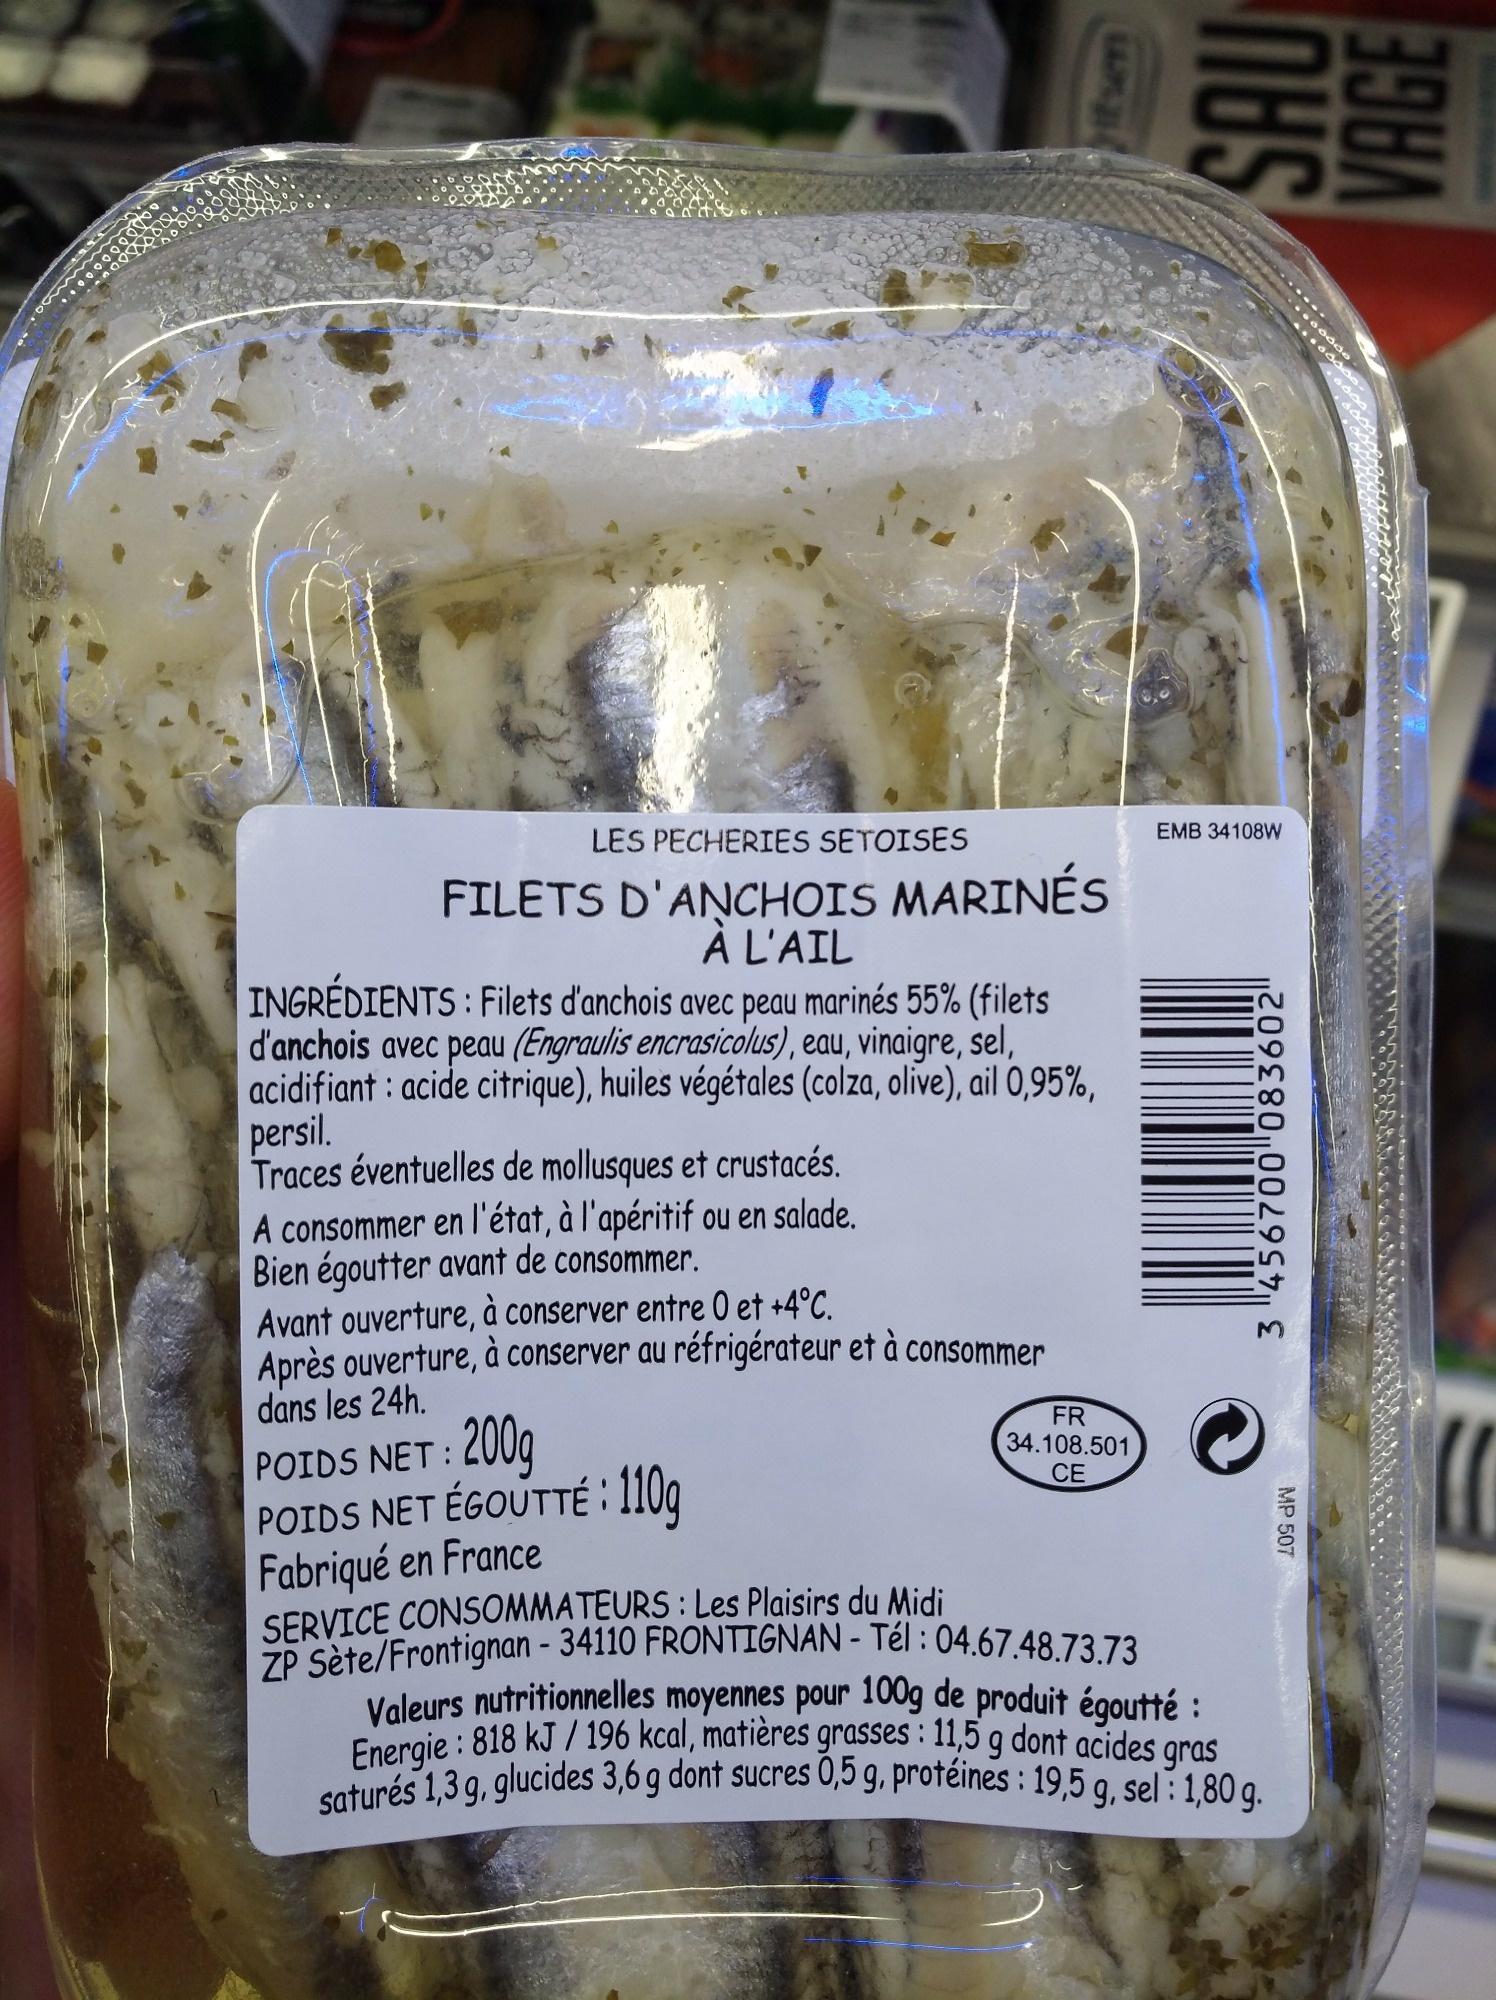
F
LES PECHERIES SETOISES
FILETS D'ANCHOIS MARINÉS À L'AIL
INGRÉDIENTS: Filets d'anchois avec peau marinés 55% (filets d'anchois avec peau (Engraulis encrasicolus), eau, vinaigre, sel, acidifiant: acide citrique), huiles végétales (colza, olive), ail 0,95%, persil.
Traces éventuelles de mollusques et crustacés.
A consommer en l'état, à l'apéritif ou en salade. Bien égoutter avant de consommer.
Avant ouverture, à conserver entre 0 et +4°C. Après ouverture, à conserver au réfrigérateur et à consommer dans les 24h.
FR
34.108.501 CE
NUS
EMB 34108W
POIDS NET:
200g
POIDS NET ÉGOUTTÉ : 110g Fabriqué en France
SERVICE CONSOMMATEURS : Les Plaisirs du Midi ZP Sète/Frontignan - 34110 FRONTIGNAN - Tél : 04.67.48.73.73 Valeurs nutritionnelles moyennes pour 100g de produit égoutté : Energie: 818 kJ / 196 kcal, matières grasses : 11,5 g dont acides gras saturés 1,3 g, glucides 3,6 g dont sucres 0,5 g, protéines : 19,5 g, sel: 1,80 g.
3 456700 083602
MP 507
VAGE